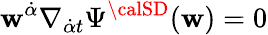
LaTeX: \mathbf{w}^{{\dot{{\alpha}}}}\nabla_{{\dot{{\alpha}}}t}\Psi^{{\calSD}}(\mathbf{w})=0